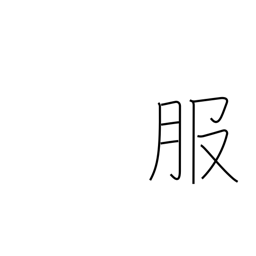
Meaning: clothing